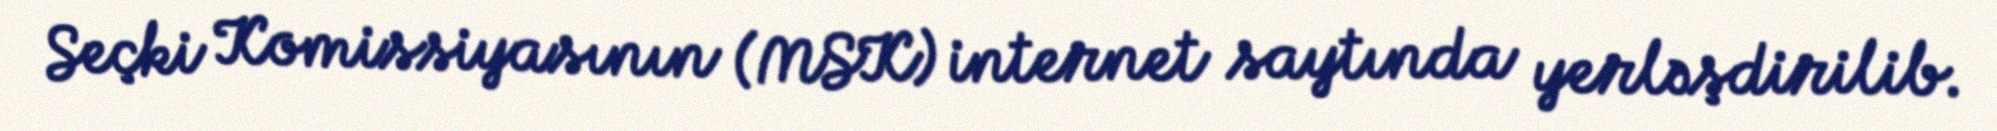
Seçki Komissiyasının (MSK) internet saytında yerləşdirilib.